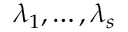
\lambda _ { 1 } , \dots , \lambda _ { s }